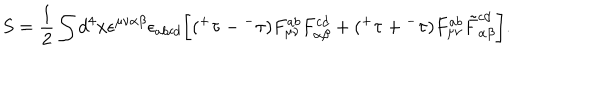
S = \frac { 1 } { 2 } \int d ^ { 4 } x \epsilon ^ { \mu \nu \alpha \beta } \epsilon _ { a b c d } \bigg [ ( { ^ + } \tau - { ^ - } \tau ) F _ { \mu \nu } ^ { a b } F _ { \alpha \beta } ^ { c d } + ( { ^ + } \tau + { ^ - } \tau ) F _ { \mu \nu } ^ { a b } \tilde { F } _ { \alpha \beta } ^ { c d } \bigg ] .